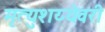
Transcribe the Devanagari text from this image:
मृत्युशय्येवरी